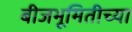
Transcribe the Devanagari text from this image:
बीजभूमितीच्या